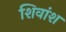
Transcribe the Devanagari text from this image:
शिवांश